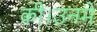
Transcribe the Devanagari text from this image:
की।उनमें